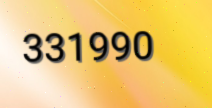
331990